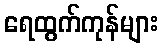
ရေထွက်ကုန်များ